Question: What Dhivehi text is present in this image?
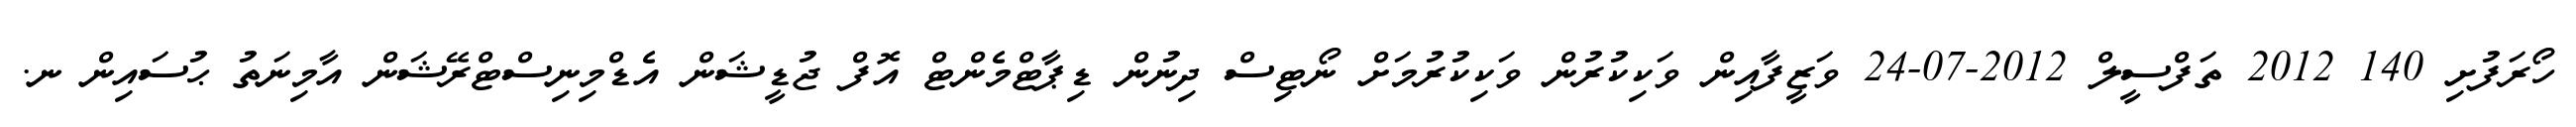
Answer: ހޯރަފުށި 140 2012 ތަފްސީލް 2012-07-24 ވަޒީފާއިން ވަކިކުރުން ވަކިކުރުމަށް ނޯޓިސް ދިނުން ޑިޕާޓްމެންޓް އޮފް ޖުޑީޝަން އެޑްމިނިސްޓްރޭޝަން އާމިނަތު ޙުސައިން ނ.